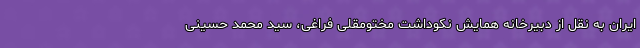
ایران به نقل از دبیرخانه همایش نکوداشت مختومقلی فراغی، سید محمد حسینی